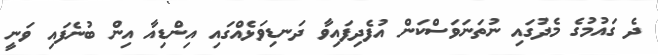
ދެ ގައުމުގެ މެދުގައި ނުތަނަވަސްކަން އުފެދިފައިވާ ދަނޑިވަޅެއްގައި އިންޑިއާ އިން ބުނެފައި ވަނީ